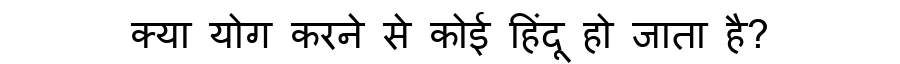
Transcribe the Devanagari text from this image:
क्या योग करने से कोई हिंदू हो जाता है?